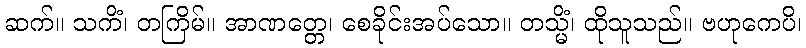
ဆက်။ သကိံ၊ တကြိမ်။ အာဏတ္တေ၊ စေခိုင်းအပ်သော။ တသ္မိံ၊ ထိုသူသည်။ ဗဟုကေပိ၊